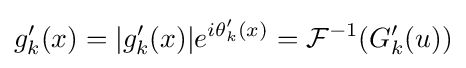
g'_{k}(x)=|g'_{k}(x)|e^{i\theta '_{k}(x)}={\mathcal {F}}^{-1}(G'_{k}(u))